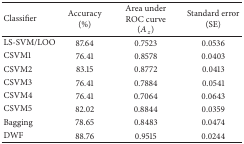
| Classifier | Accuracy (%) | Area under ROC curve (Az) | Standard error (SE) |
 | --- | --- | --- | --- |
 | LS-SVM/LOO | 87.64 | 0.7523 | 0.0536 |
 | CSVM1 | 76.41 | 0.8578 | 0.0403 |
 | CSVM2 | 83.15 | 0.8772 | 0.0413 |
 | CSVM3 | 76.41 | 0.7884 | 0.0541 |
 | CSVM4 | 76.41 | 0.7064 | 0.0643 |
 | CSVM5 | 82.02 | 0.8844 | 0.0359 |
 | Bagging | 78.65 | 0.8483 | 0.0474 |
 | DWF | 88.76 | 0.9515 | 0.0244 |